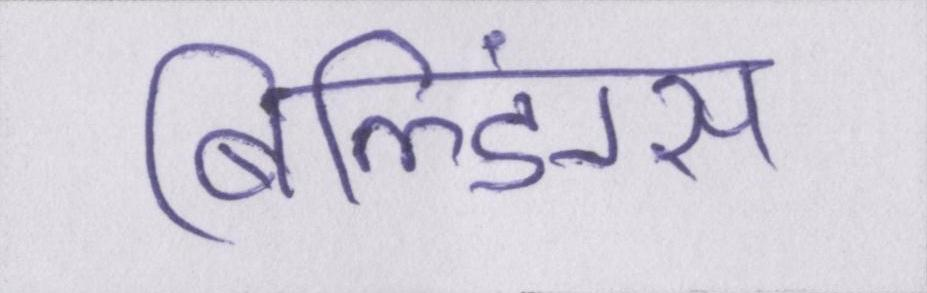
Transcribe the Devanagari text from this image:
बिल्डिंग्स